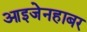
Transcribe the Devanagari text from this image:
आइजेनहाबर